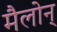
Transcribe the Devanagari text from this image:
मैलोन्